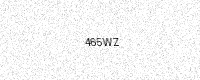
Text: 465WZ